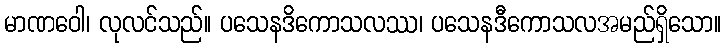
မာဏဝေါ၊ လုလင်သည်။ ပသေနဒိကောသလဿ၊ ပသေနဒီကောသလအမည်ရှိသော။